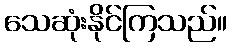
သေဆုံးနိုင်ကြသည်။